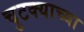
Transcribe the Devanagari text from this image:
चुटक्याच्या